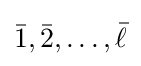
{\bar {1}},{\bar {2}},\dots ,{\bar {\ell }}